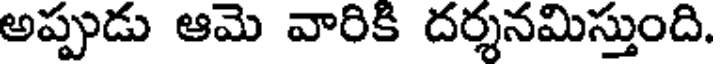
అప్పుడు ఆమె వారికి దర్శనమిస్తుంది.